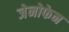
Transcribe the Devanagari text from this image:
जेनोफेन